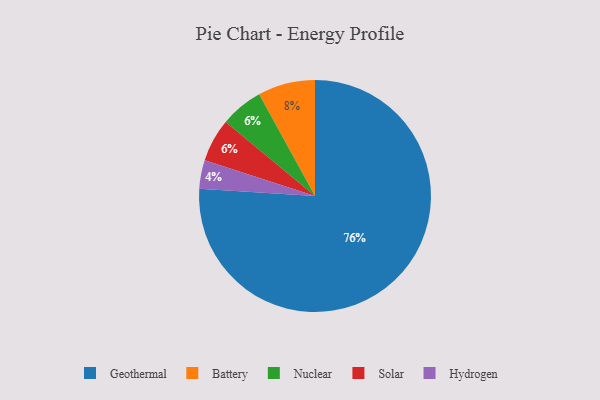
{"axis": {"x": "Category", "y": "Percentage"}, "legend": ["Battery", "Geothermal", "Hydrogen", "Nuclear", "Solar"], "data": [{"x": "Battery", "y": 8, "type": "Battery"}, {"x": "Hydrogen", "y": 4, "type": "Hydrogen"}, {"x": "Nuclear", "y": 6, "type": "Nuclear"}, {"x": "Solar", "y": 6, "type": "Solar"}, {"x": "Geothermal", "y": 76, "type": "Geothermal"}]}